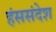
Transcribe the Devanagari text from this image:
हंससंदेश